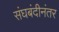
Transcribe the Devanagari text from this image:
संघबंदीनंतर